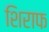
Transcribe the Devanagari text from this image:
शिराफ